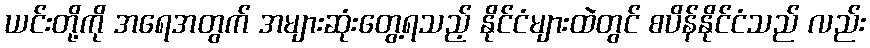
ယင်းတို့ကို အရေအတွက် အများဆုံးတွေ့ရသည့် နိုင်ငံများထဲတွင် စပိန်နိုင်ငံသည် လည်း